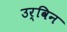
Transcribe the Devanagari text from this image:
उर्विन